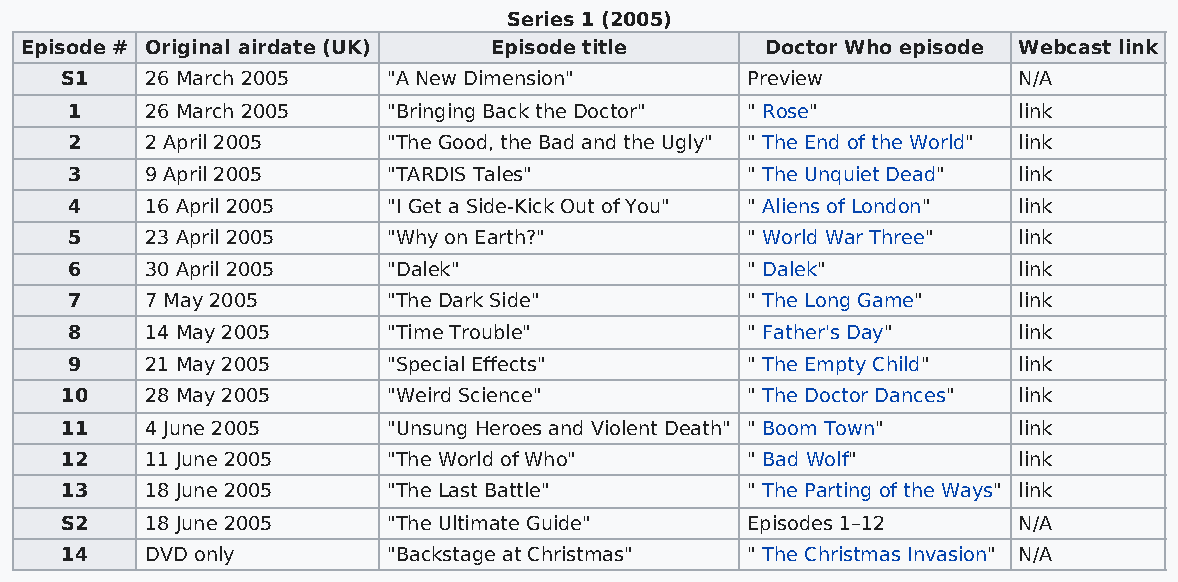
Series 1 (2005)
 Episode # Original airdate (UK) Episode title     Doctor Who episode Webcast link
 S1    26 March 2005   "A New Dimension"      Preview           N/A
 1     26 March 2005   "Bringing Back the Doctor" " Rose"       link
 2     2 April 2005    "The Good, the Bad and the Ugly" " The End of the World" link
 3     9 April 2005    "TARDIS Tales"         " The Unquiet Dead" link
 4     16 April 2005   "I Get a Side-Kick Out of You" " Aliens of London" link
 5     23 April 2005   "Why on Earth?"        " World War Three" link
 6     30 April 2005   "Dalek"                " Dalek"          link
 7     7 May 2005      "The Dark Side"        " The Long Game"  link
 8     14 May 2005     "Time Trouble"         " Father's Day"   link
 9     21 May 2005     "Special Effects"      " The Empty Child" link
 10    28 May 2005     "Weird Science"        " The Doctor Dances" link
 11    4 June 2005     "Unsung Heroes and Violent Death" " Boom Town" link
 12    11 June 2005    "The World of Who"     " Bad Wolf"       link
 13    18 June 2005    "The Last Battle"      " The Parting of the Ways" link
 S2    18 June 2005    "The Ultimate Guide"   Episodes 1–12     N/A
 14    DVD only        "Backstage at Christmas" " The Christmas Invasion" N/A